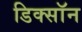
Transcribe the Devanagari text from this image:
डिक्साॅन